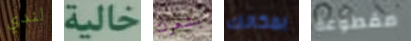
لندي خالية بشعرك بمكانك مقطوعة